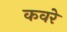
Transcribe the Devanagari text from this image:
कवरे